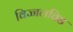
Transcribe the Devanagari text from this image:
विज्जलविड